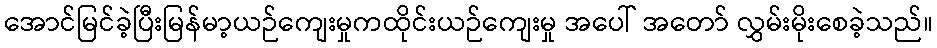
အောင်မြင်ခဲ့ပြီးမြန်မာ့ယဉ်ကျေးမှုကထိုင်းယဉ်ကျေးမှု အပေါ် အတော် လွှမ်းမိုးစေခဲ့သည်။